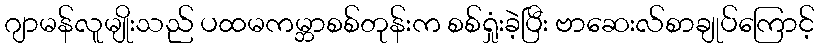
ဂျာမန်လူမျိုးသည် ပထမကမ္ဘာစစ်တုန်းက စစ်ရှုံးခဲ့ပြီး ဗာဆေးလ်စာချုပ်ကြောင့်